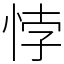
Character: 悖